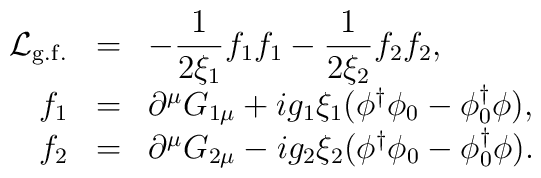
\begin{array}{rcl}{\cal L}_{\rm g.f.}&=&\displaystyle-\frac{1}{2\xi_1}f_1f_1-\frac{1}{2\xi_2}f_2f_2,\\f_1&=&\partial^{\mu}G_{1\mu}+ig_1\xi_1(\phi^{\dagger}\phi_0-\phi_0^{\dagger}\phi),\\f_2&=&\partial^{\mu}G_{2\mu}-ig_2\xi_2(\phi^{\dagger}\phi_0-\phi_0^{\dagger}\phi).\end{array}